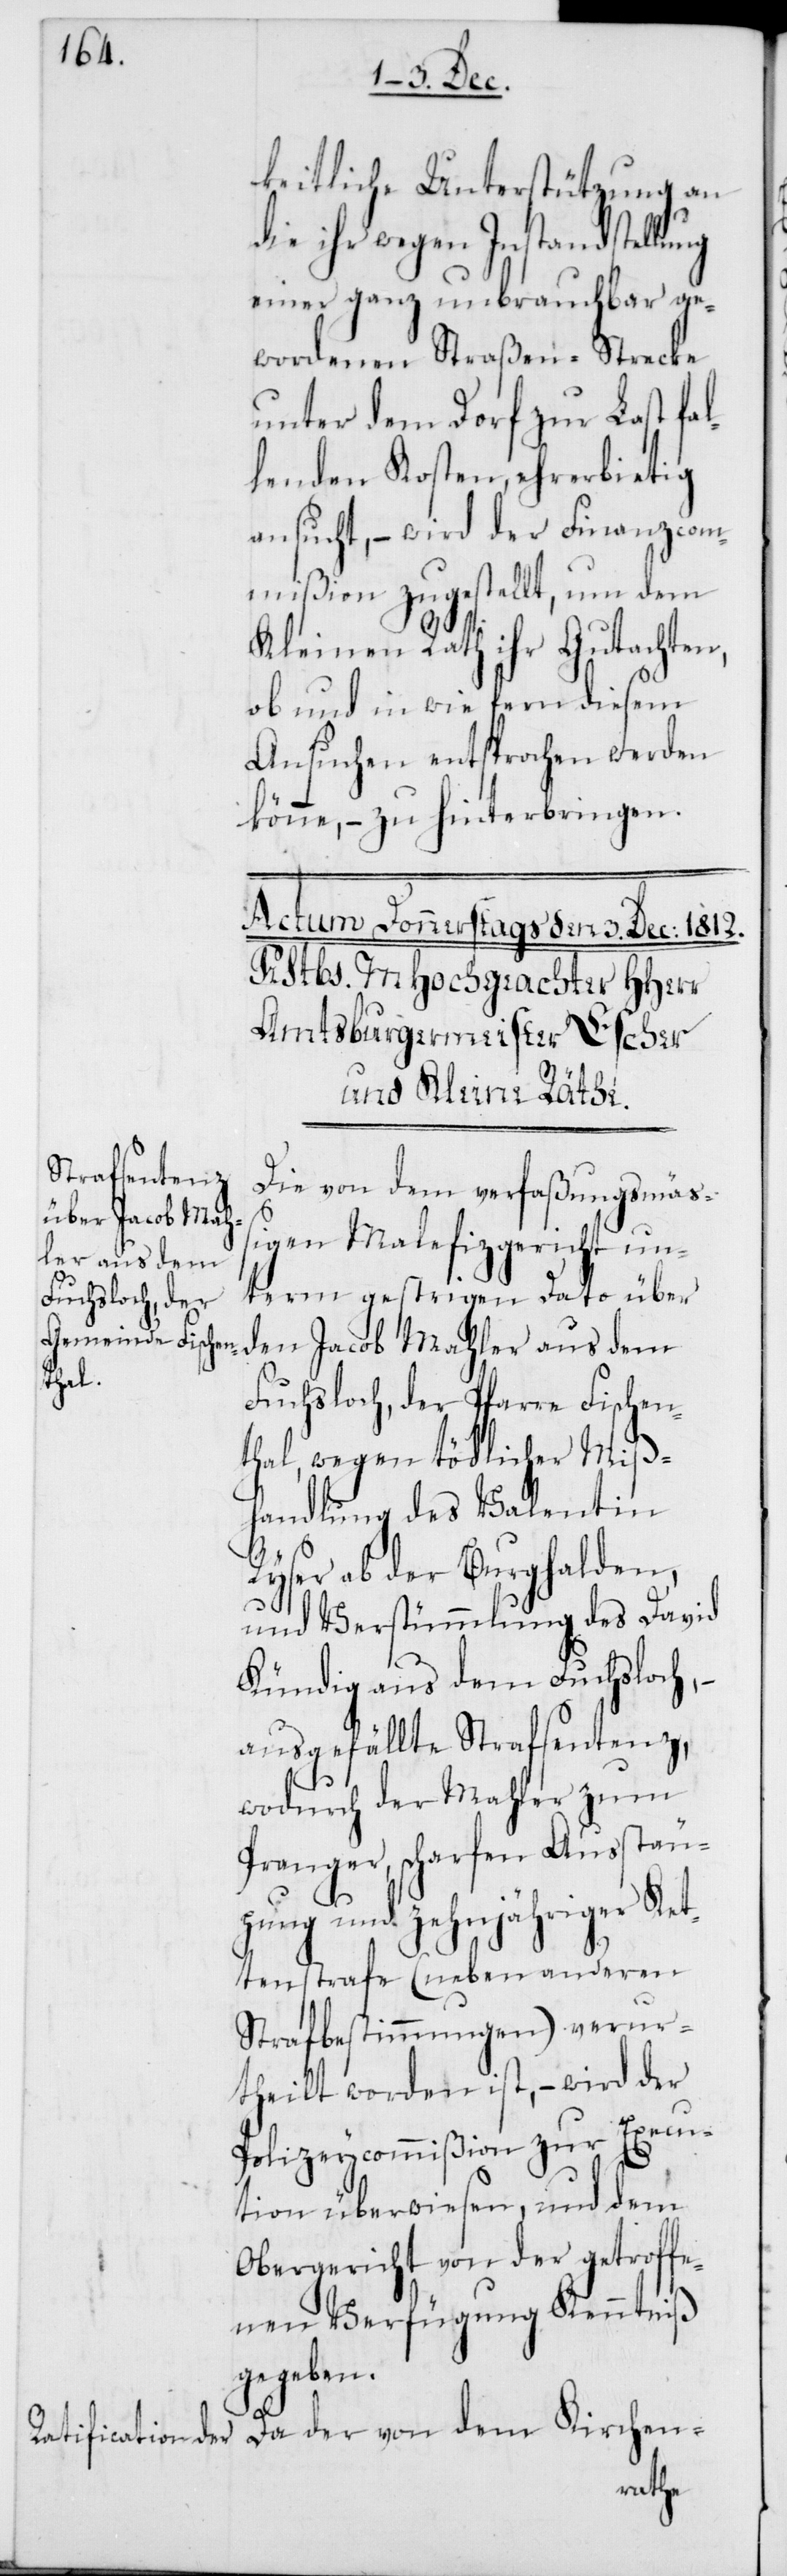
keitliche Unterstützung an
die ihr wegen Instandstellung
einer ganz unbrauchbar ge¬
wordenen Straßen-Strecke
unter dem Dorf zur Last fal¬
lenden Kosten, ehrerbietig
ansucht, – wird der Finanzcom¬
mißion zugestellt, um dem
Kleinen Rath ihr Gutachten,
ob und in wie fern diesem
Ansuchen entsprochen werden
könne, – zu hinterbringen.
Die von dem verfaßungsmäß¬
igen Malefizgericht un¬
term gestrigen Dato über
den Jacob Mahler aus dem
Fuchsloch, der Pfarre Fischen¬
thal, wegen tödlicher Miß¬
handlung des Valentin
Ryser ab der Burghalden,
und Verstümmlung des David
Kündig aus dem Fuchsloch,
ausgefällte Strafsentenz,
wodurch der Mahler zum
Pranger, scharfen Ausstäu¬
pung und zehnjähriger Ket¬
tenstrafe (neben anderen
Strafbestimmungen) verur¬
theilt worden ist, – wird der
Polizeycommißion zur Execu¬
tion überwiesen, und dem
Obergericht von der getroffe¬
nen Verfügung Kenntniß
gegeben.
Da der von dem Kirchen-